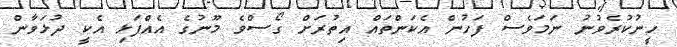
ހީނުކުރެވުނު ނަމަވެސް ފަހުން އެކަންތައް އިތުރަށް ގޯސްވެ މޫނުގެ އެއްފަޅި އެކީ ދުޅަވާން